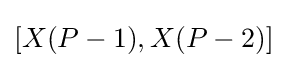
[X(P-1),X(P-2)]